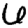
Digit: 6